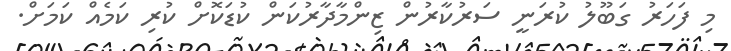
މި ފަހަރު ގަބޫލު ކުރަނީ ސަރުކާރުން ޒިންމާދާރުކަން ކުޑަކޮށް ކުރި ކަމެއް ކަމަށް.